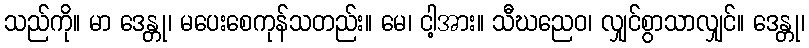
သည်ကို။ မာ ဒေန္တု၊ မပေးစေကုန်သတည်း။ မေ၊ ငါ့အား။ သီဃညေဝ၊ လျှင်စွာသာလျှင်။ ဒေန္တု၊